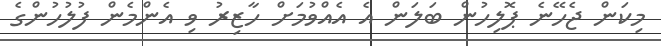
މިކަން ޖެހޭނެ ޕޮލިހުން ބަލަން އެ އެއްވުމަށް ހާޒިރު ވި އެންމެން ފުލުހުންގެ